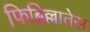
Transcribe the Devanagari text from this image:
फिब्रिल्लातेस